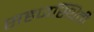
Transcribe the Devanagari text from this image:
सहजस्थिती